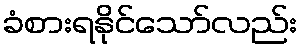
ခံစားရနိုင်သော်လည်း